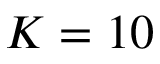
K = 1 0